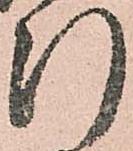
断